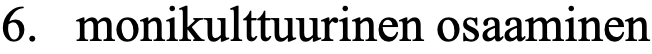
6. monikulttuurinen osaaminen